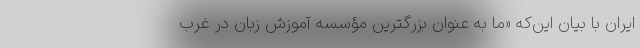
ایران با بیان این‌که «ما به عنوان بزرگترین مؤسسه آموزش زبان در غرب